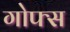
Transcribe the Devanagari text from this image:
गोफ्स